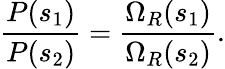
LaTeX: {\frac{P(s_{1})}{P(s_{2})}}={\frac{\Omega_{R}(s_{1})}{\Omega_{R}(s_{2})}}.